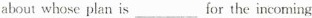
about whose plan is___for the incoming